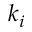
k _ { i }